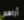
أراهم